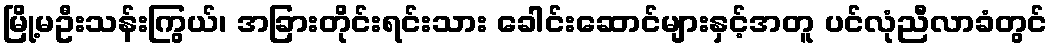
မြို့မဦးသန်းကြွယ်၊ အခြားတိုင်းရင်းသား ခေါင်းဆောင်များနှင့်အတူ ပင်လုံညီလာခံတွင်